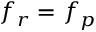
f _ { r } = f _ { p }